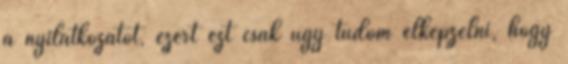
a nyilatkozatot, ezért ezt csak úgy tudom elképzelni, hogy